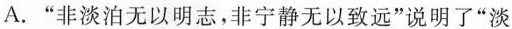
A.”非淡泊无以明志，非宁静无以致远”说明了”淡